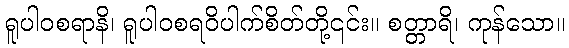
ရူပါဝစရာနိ၊ ရူပါဝစရဝိပါက်စိတ်တို့၎င်း။ စတ္တာရိ၊ ကုန်သော။